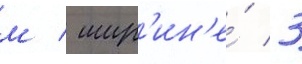
м / шир'ин'е́ 3